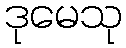
ဒုမေသု